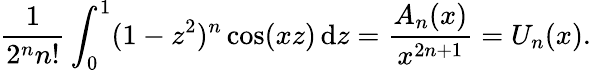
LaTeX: {\frac{1}{2^{n}n!}}\int_{0}^{1}(1-z^{2})^{n}\cos(xz)\, \mathrm{d}z={\frac{A_{n}(x)}{x^{2n+1}}}=U_{n}(x).